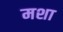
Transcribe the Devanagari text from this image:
मशा